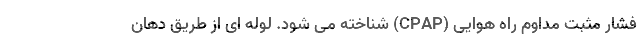
فشار مثبت مداوم راه هوایی (CPAP) شناخته می شود. لوله ای از طریق دهان